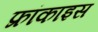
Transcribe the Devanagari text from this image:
फ्रांकाइस